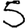
Digit: 5